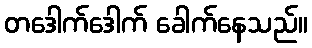
တဒေါက်ဒေါက် ခေါက်နေသည်။